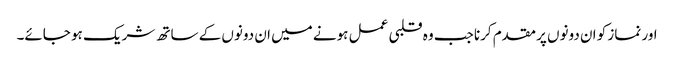
اور نماز کو ان دونوں پر مقدم کرنا جب وہ قلبی عمل ہونے میں ان دونوں کے ساتھ شریک ہو جائے۔